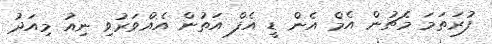
ފުރަތަމަ މެޗުން އެމް އެން ޑީ އެފް އަތުން އެއްވަރުވި ނިއު މިއަދު